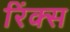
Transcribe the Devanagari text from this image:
रिंक्स